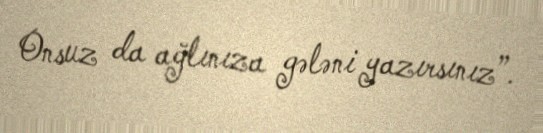
Onsuz da ağlınıza gələni yazırsınız”.